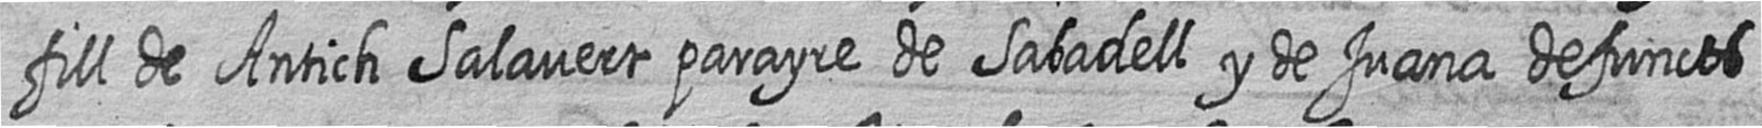
fill de Antich Salavert parayre de Sabadell y de Juana defuncts